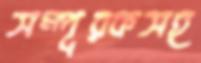
সম্পূরকসহ